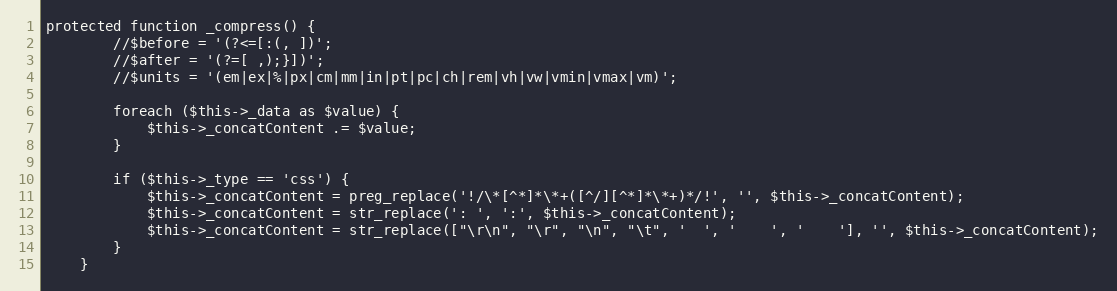
Language: PHP
protected function _compress() {
        //$before = '(?<=[:(, ])';
        //$after = '(?=[ ,);}])';
        //$units = '(em|ex|%|px|cm|mm|in|pt|pc|ch|rem|vh|vw|vmin|vmax|vm)';

        foreach ($this->_data as $value) {
            $this->_concatContent .= $value;
        }

        if ($this->_type == 'css') {
            $this->_concatContent = preg_replace('!/\*[^*]*\*+([^/][^*]*\*+)*/!', '', $this->_concatContent);
            $this->_concatContent = str_replace(': ', ':', $this->_concatContent);
            $this->_concatContent = str_replace(["\r\n", "\r", "\n", "\t", '  ', '    ', '    '], '', $this->_concatContent);
        }
    }